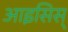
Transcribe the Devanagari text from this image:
आइसिस्